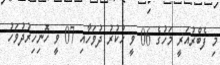
މި ފެބްރުއަރީ މަހުގެ 06 ވީ ހުކުރު ދުވަހާއި 07 ވީ ހޮނިހިރުދުވަހު